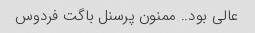
عالی بود.. ممنون پرسنل باگت فردوس